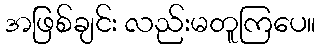
အဖြစ်ချင်း လည်းမတူကြပေ။